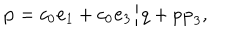
{ \bf p } = c _ { 0 } { \bf e } _ { 1 } + c _ { 0 } { \bf e } _ { 3 } / q + p { \bf p } _ { 3 } ,